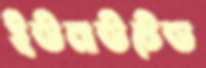
ইউনাউটেড